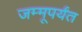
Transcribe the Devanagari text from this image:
जम्मूपर्यंत